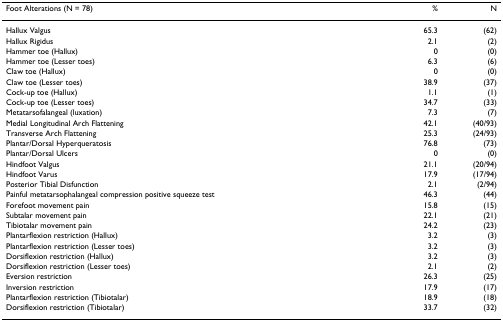
<table><thead><tr><td><b>Foot Alterations (N = 78)</b></td><td><b>%</b></td><td><b>N</b></td></tr></thead><tbody><tr><td>Hallux Valgus</td><td>65.3</td><td>(62)</td></tr><tr><td>Hallux Rigidus</td><td>2.1</td><td>(2)</td></tr><tr><td>Hammer toe (Hallux)</td><td>0</td><td>(0)</td></tr><tr><td>Hammer toe (Lesser toes)</td><td>6.3</td><td>(6)</td></tr><tr><td>Claw toe (Hallux)</td><td>0</td><td>(0)</td></tr><tr><td>Claw toe (Lesser toes)</td><td>38.9</td><td>(37)</td></tr><tr><td>Cock-up toe (Hallux)</td><td>1.1</td><td>(1)</td></tr><tr><td>Cock-up toe (Lesser toes)</td><td>34.7</td><td>(33)</td></tr><tr><td>Metatarsofalangeal (luxation)</td><td>7.3</td><td>(7)</td></tr><tr><td>Medial Longitudinal Arch Flattening</td><td>42.1</td><td>(40/93)</td></tr><tr><td>Transverse Arch Flattening</td><td>25.3</td><td>(24/93)</td></tr><tr><td>Plantar/Dorsal Hyperqueratosis</td><td>76.8</td><td>(73)</td></tr><tr><td>Plantar/Dorsal Ulcers</td><td>0</td><td>(0)</td></tr><tr><td>Hindfoot Valgus</td><td>21.1</td><td>(20/94)</td></tr><tr><td>Hindfoot Varus</td><td>17.9</td><td>(17/94)</td></tr><tr><td>Posterior Tibial Disfunction</td><td>2.1</td><td>(2/94)</td></tr><tr><td>Painful metatarsophalangeal compression positive squeeze test</td><td>46.3</td><td>(44)</td></tr><tr><td>Forefoot movement pain</td><td>15.8</td><td>(15)</td></tr><tr><td>Subtalar movement pain</td><td>22.1</td><td>(21)</td></tr><tr><td>Tibiotalar movement pain</td><td>24.2</td><td>(23)</td></tr><tr><td>Plantarflexion restriction (Hallux)</td><td>3.2</td><td>(3)</td></tr><tr><td>Plantarflexion restriction (Lesser toes)</td><td>3.2</td><td>(3)</td></tr><tr><td>Dorsiflexion restriction (Hallux)</td><td>3.2</td><td>(3)</td></tr><tr><td>Dorsiflexion restriction (Lesser toes)</td><td>2.1</td><td>(2)</td></tr><tr><td>Eversion restriction</td><td>26.3</td><td>(25)</td></tr><tr><td>Inversion restriction</td><td>17.9</td><td>(17)</td></tr><tr><td>Plantarflexion restriction (Tibiotalar)</td><td>18.9</td><td>(18)</td></tr><tr><td>Dorsiflexion restriction (Tibiotalar)</td><td>33.7</td><td>(32)</td></tr></tbody></table>